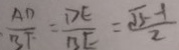
\frac { A D } { B F } = \frac { D E } { B E } = \frac { \sqrt { 5 } - 1 } { 2 }